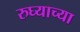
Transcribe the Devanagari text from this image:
रुघ्याच्या